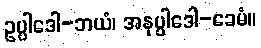
ဥပ္ပါဒေါ-ဘယံ၊ အနုပ္ပါဒေါ-ခေမံ။